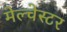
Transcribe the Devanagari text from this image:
मेल्चेस्टर